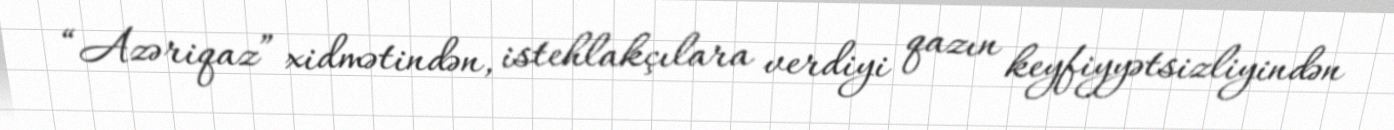
“Azəriqaz” xidmətindən, istehlakçılara verdiyi qazın keyfiyyətsizliyindən